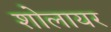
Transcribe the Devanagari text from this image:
शोलायर